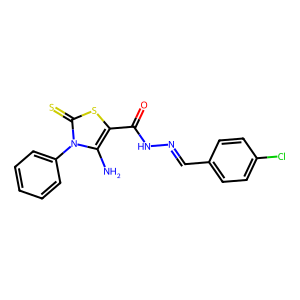
SMILES: Nc1c(C(=O)NN=Cc2ccc(Cl)cc2)sc(=S)n1-c1ccccc1
Inhibits HIV replication: No